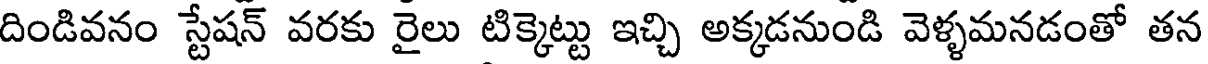
దిండివనం స్టేషన్ వరకు రైలు టిక్కెట్టు ఇచ్చి అక్కడనుండి వెళ్ళమనడంతో తన